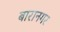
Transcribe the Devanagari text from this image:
बारानगर